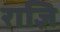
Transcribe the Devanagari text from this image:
राज्ञि